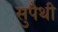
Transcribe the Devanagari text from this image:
सुपैथी